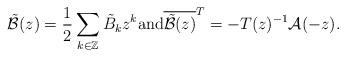
LaTeX: \begin{align*}\tilde{\mathcal{B}}(z) = \frac{1}{2} \sum_{k \in \mathbb{Z}} \tilde{B}_{k} z^{k} \mbox{and} \overline{ \tilde{\mathcal{B}}(z) }^{T} = - T(z)^{-1} \mathcal{A}(-z) .\end{align*}